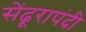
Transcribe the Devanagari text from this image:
सेंढूरापंदी